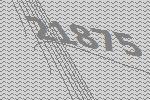
21875